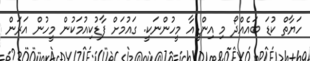
ހަޔާތް ކުޑަ ބައެއްދޯ މި އިންޑީއާ މީހުންނަކީ. ގައުމަށް ފާޑުކިއުމަކުން މީހުން އަރަން